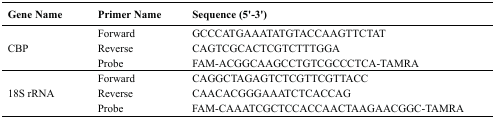
<table><thead><tr><td><b>Gene Name</b></td><td><b>Primer Name</b></td><td><b>Sequence (5&#x27;-3&#x27;)</b></td></tr></thead><tbody><tr><td rowspan="3">CBP</td><td>Forward</td><td>GCCCATGAAATATGTACCAAGTTCTAT</td></tr><tr><td>Reverse</td><td>CAGTCGCACTCGTCTTTGGA</td></tr><tr><td>Probe</td><td>FAM-ACGGCAAGCCTGTCGCCCTCA-TAMRA</td></tr><tr><td rowspan="3">18S rRNA</td><td>Forward</td><td>CAGGCTAGAGTCTCGTTCGTTACC</td></tr><tr><td>Reverse</td><td>CAACACGGGAAATCTCACCAG</td></tr><tr><td>Probe</td><td>FAM-CAAATCGCTCCACCAACTAAGAACGGC-TAMRA</td></tr></tbody></table>